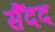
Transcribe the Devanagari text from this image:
सैंदद